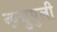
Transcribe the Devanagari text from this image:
कचुपुली